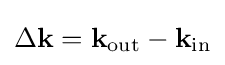
\Delta \mathbf {k} =\mathbf {k} _{\mathrm {out} }-\mathbf {k} _{\mathrm {in} }